65_HS1-834228961_62-HQ-83894_Section_3
Agency: FBI
Page 5
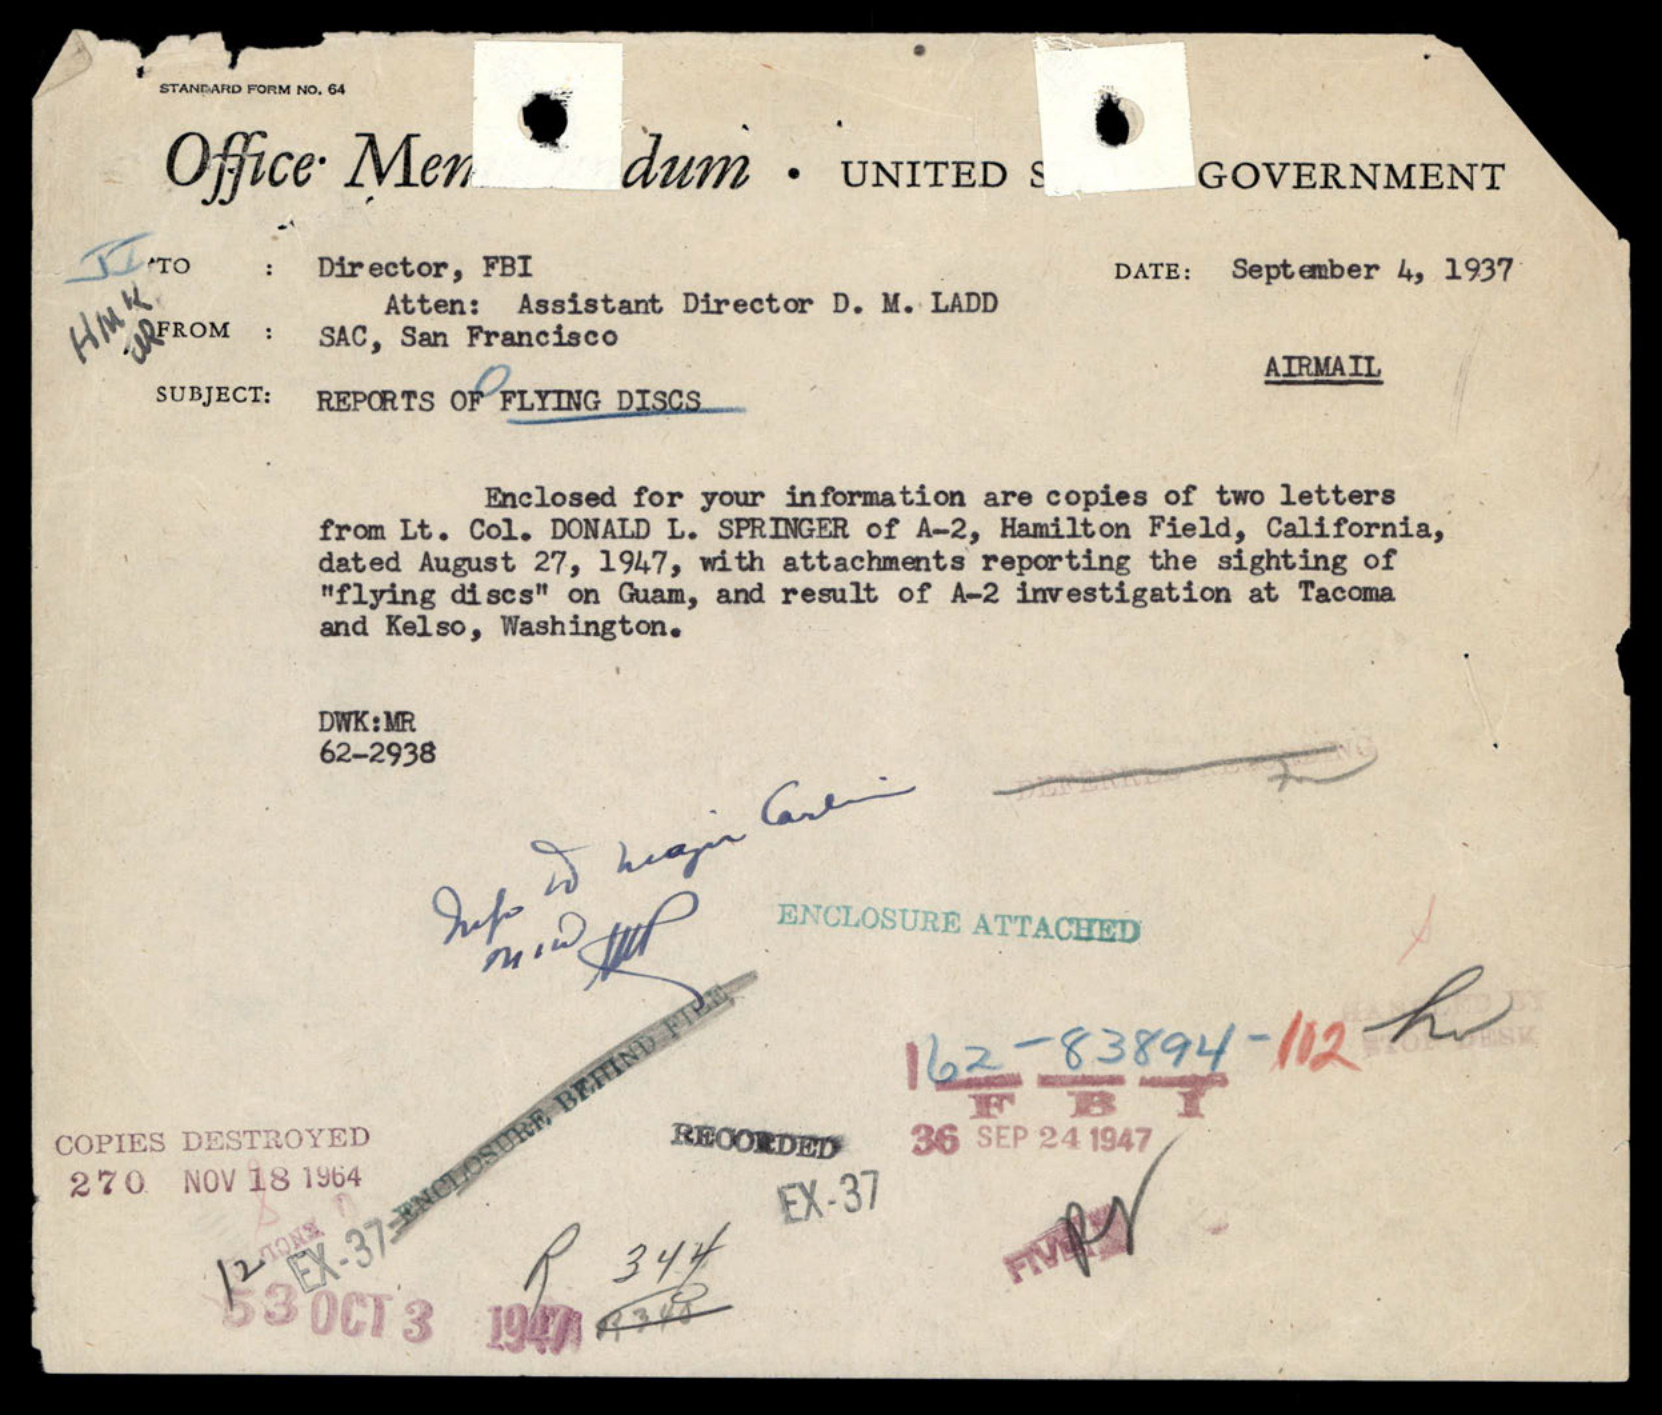